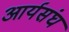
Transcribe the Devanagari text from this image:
आर्यसंघ